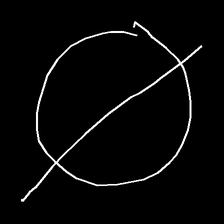
Glyph: orb